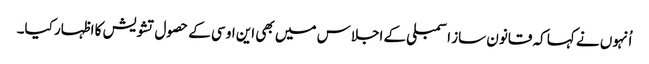
اُنہوں نے کہا کہ قانون ساز اسمبلی کے اجلاس میں بھی این او سی کے حصول تشویش کا اظہار کیا۔